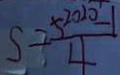
S = \frac { 5 ^ { 2 0 2 0 } - 1 } { 4 }